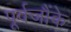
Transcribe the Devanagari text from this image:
पूर्वजौंके